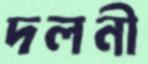
দলনী